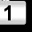
Digit: 1